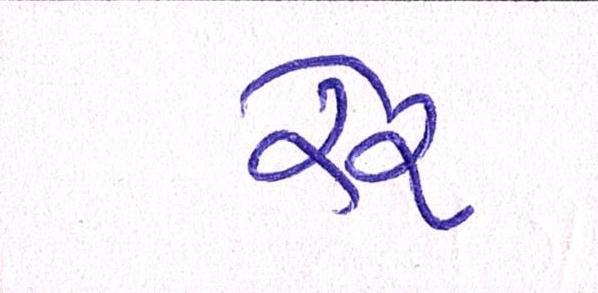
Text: રેર